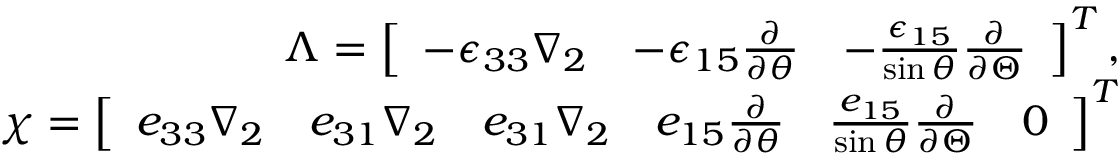
\begin{array} { r } { \boldsymbol { \Lambda } = \left[ \begin{array} { l l l } { - \epsilon _ { 3 3 } \nabla _ { 2 } } & { - \epsilon _ { 1 5 } \frac { \partial } { \partial \theta } } & { - \frac { \epsilon _ { 1 5 } } { \sin \theta } \frac { \partial } { \partial \Theta } } \end{array} \right] ^ { T } , } \\ { \boldsymbol { \chi } = \left[ \begin{array} { l l l l l l } { e _ { 3 3 } \nabla _ { 2 } } & { e _ { 3 1 } \nabla _ { 2 } } & { e _ { 3 1 } \nabla _ { 2 } } & { e _ { 1 5 } \frac { \partial } { \partial \theta } } & { \frac { e _ { 1 5 } } { \sin \theta } \frac { \partial } { \partial \Theta } } & { 0 } \end{array} \right] ^ { T } } \end{array}